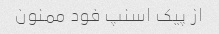
از پیک اسنپ فود ممنون